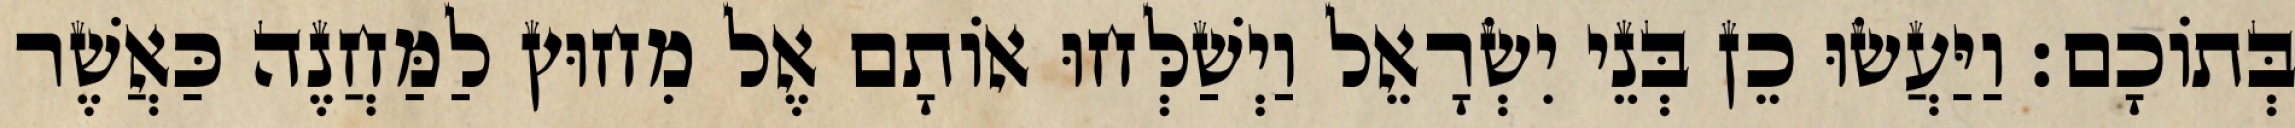
בְּתוֹכָם׃ וַיַּעֲשׂוּ כֵן בְּנֵי יִשְׂרָאֵל וַיְשַׁלְּחוּ אוֹתָם אֶל מִחוּץ לַמַּחֲנֶה כַּאֲשֶׁר